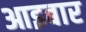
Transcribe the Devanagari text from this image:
आइबार